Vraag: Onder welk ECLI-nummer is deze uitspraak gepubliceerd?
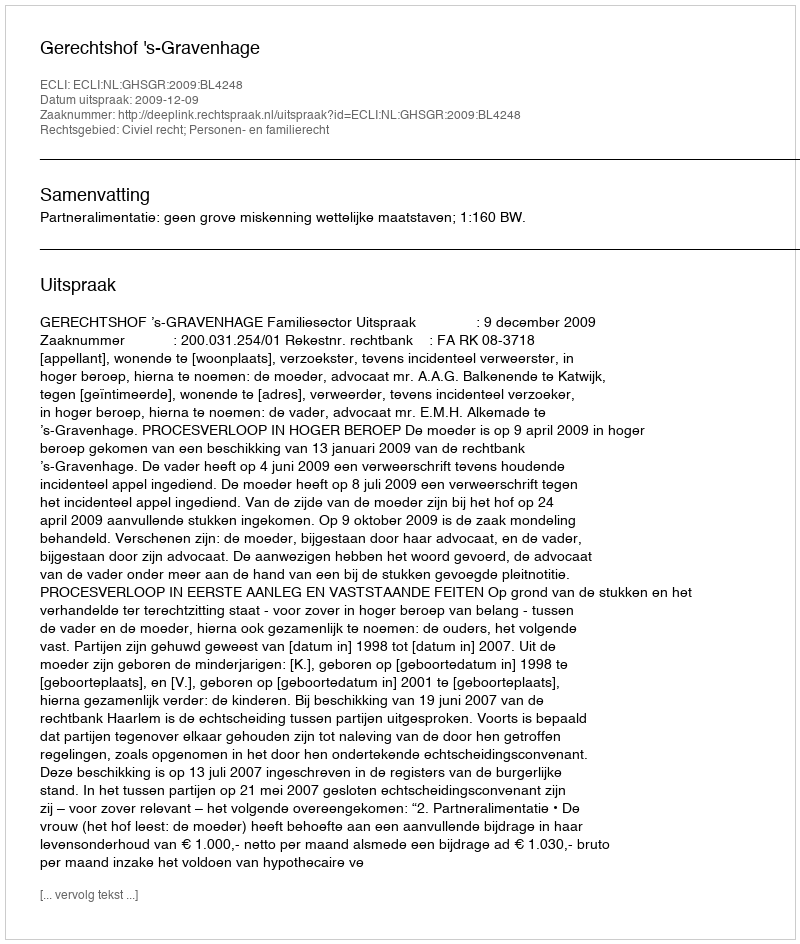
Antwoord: ECLI:NL:GHSGR:2009:BL4248